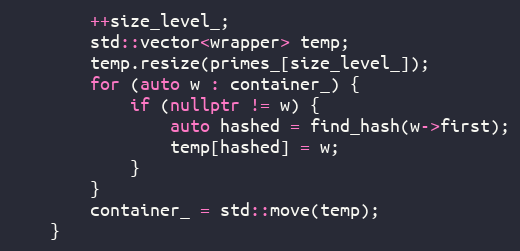
Language: C++
        ++size_level_;
        std::vector<wrapper> temp;
        temp.resize(primes_[size_level_]);
        for (auto w : container_) {
            if (nullptr != w) {
                auto hashed = find_hash(w->first);
                temp[hashed] = w;
            }
        }
        container_ = std::move(temp);
    }